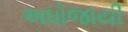
અધોજાયી